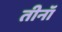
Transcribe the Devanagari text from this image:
तीनॉ